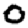
Digit: 0